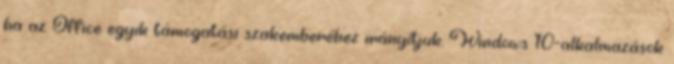
ha az Office egyik támogatási szakemberéhez irányítjuk. Windows 10-alkalmazások